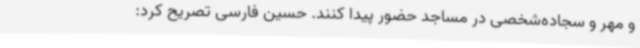
و مهر و سجاده‌شخصی در مساجد حضور پیدا کنند. حسین فارسی تصریح کرد: